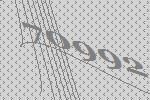
70992